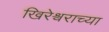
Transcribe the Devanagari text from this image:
खिरेश्वराच्या